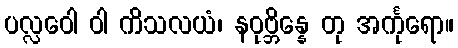
ပလ္လဝေါ ဝါ ကိသလယံ၊ နဝုဗ္ဘိန္နေ တု အင်္ကုရော။